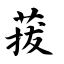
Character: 菝